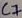
Text: C7